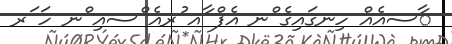
ާސއެއް ހިނގައިގެ ްނ އެފް ާއ ުރއެ ްސއި ްނ ހަ ަރ